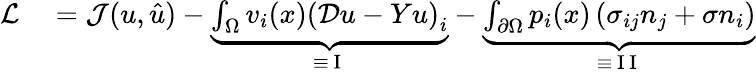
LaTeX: \begin{array}{rl}{\mathcal{L}}&{{}=\mathcal{J}(u,\hat{u})-\underbrace{\int_{\Omega}v_{i}(x)\left(\mathcal{D}u-Yu\right)_{i}}_{\equiv\mathrm{~I~}}-\underbrace{\int_{\partial\Omega}p_{i}(x)\left(\sigma_{ij}n_{j}+\sigma n_{i}\right)}_{\equiv\mathrm{~I~I~}}}\end{array}